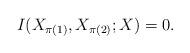
LaTeX: \begin{align*}I(X_{\pi(1)},X_{\pi(2)};X) = 0. \end{align*}